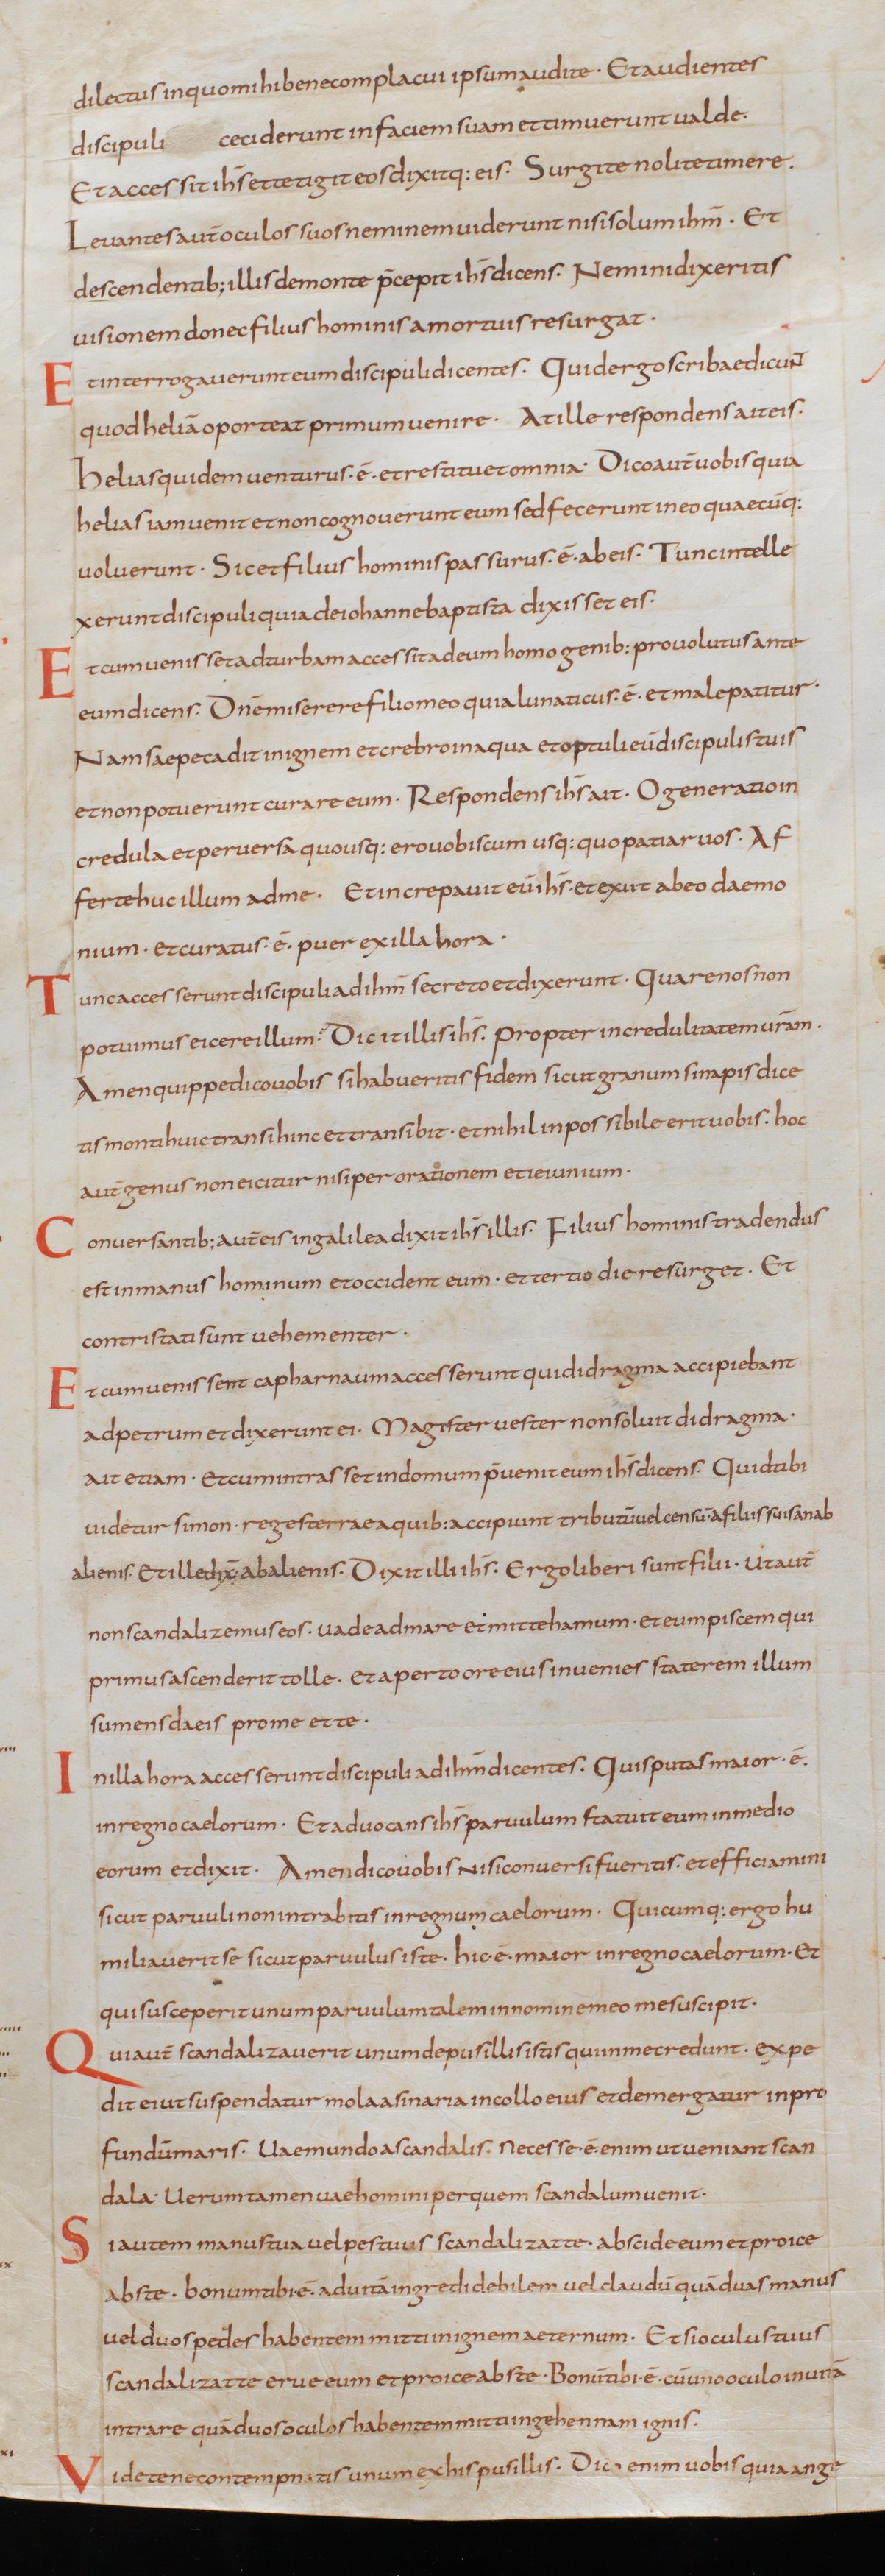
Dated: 805–845